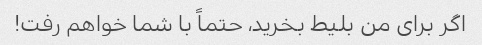
اگر برای من بلیط بخرید، حتماً با شما خواهم رفت!